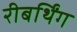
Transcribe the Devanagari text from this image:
रीबर्थिंग